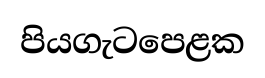
පියගැටපෙළක